Document type: Sale
Year: 1499
Scribe: Joan Martínez de Sòria
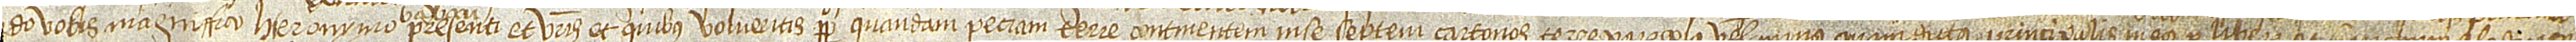
[...] [ven]do  vobis magnifico Hieronymo Babau,  presenti, et vestris et quibus volueritis perpetuo quandam peciam terre continentem in se septem cartonos terre parum plus vel minus quam dictus principalis meus per liberum et franchum alodium